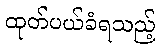
ထုတ်ပယ်ခံရသည့်